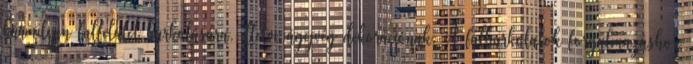
bármilyen falfelület burkolására, illetve ágyvég dekorációnak. A falburkolatok forgalmazáshoz